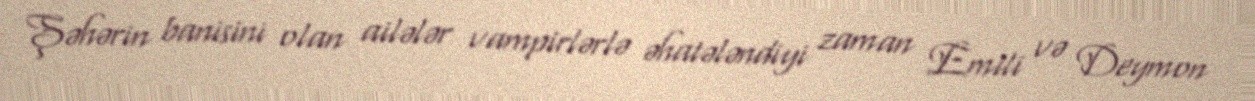
Şəhərin banisini olan ailələr vampirlərlə əhatələndiyi zaman Emili və Deymon